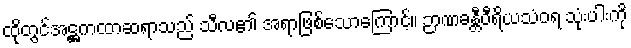
ထိုတွင်အဋ္ဌကထာဆရာသည် သီလ၏ အရာဖြစ်သောကြောင့်။ ဉာဏခန္တီဝီရိယသံဝရ သုံးပါးကို